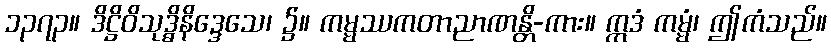
၁၃၇၃။ ဒိဋ္ဌိဝိသုဒ္ဓိနိဒ္ဒေသေ၊ ၌။ ကမ္မဿကတာညာဏန္တိ-ကား။ ဣဒံ ကမ္မံ၊ ဤကံသည်။